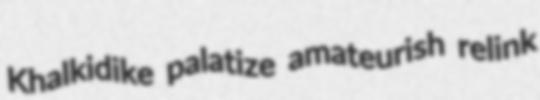
Khalkidike palatize amateurish relink